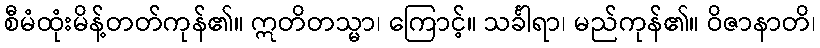
စီမံထုံးမိန့်တတ်ကုန်၏။ ဣတိတသ္မာ၊ ကြောင့်။ သင်္ခါရာ၊ မည်ကုန်၏။ ဝိဇာနာတိ၊